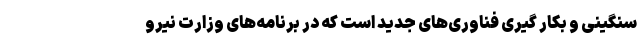
سنگینی و بکار گیری فناوری‌های جدید است که در برنامه‌های وزارت نیرو